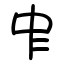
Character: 𠁦